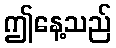
ဤနေ့သည်